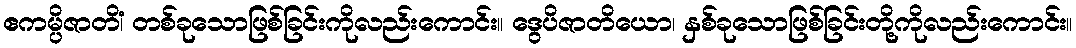
ဧကမ္ပိဇာတိံ၊ တစ်ခုသောဖြစ်ခြင်းကိုလည်းကောင်း။ ဒွေပိဇာတိယော၊ နှစ်ခုသောဖြစ်ခြင်းတို့ကိုလည်းကောင်း။